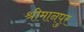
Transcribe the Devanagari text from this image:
श्रीमानपुर